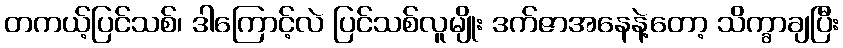
တကယ့်ပြင်သစ်၊ ဒါကြောင့်လဲ ပြင်သစ်လူမျိုး ဒက်ဇာအနေနဲ့တော့ သိက္ခာချပြီး